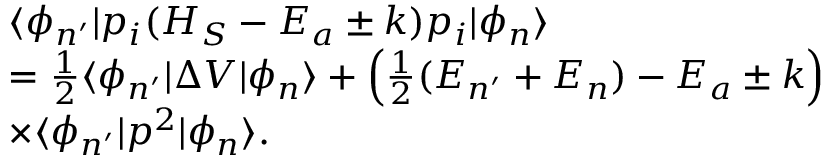
\begin{array} { r l } & { \langle \phi _ { n ^ { \prime } } | p _ { i } ( H _ { S } - E _ { a } \pm k ) p _ { i } | \phi _ { n } \rangle } \\ & { = \frac { 1 } { 2 } \langle \phi _ { n ^ { \prime } } | \Delta V | \phi _ { n } \rangle + \left( \frac { 1 } { 2 } ( E _ { n ^ { \prime } } + E _ { n } ) - E _ { a } \pm k \right) } \\ & { \times \langle \phi _ { n ^ { \prime } } | p ^ { 2 } | \phi _ { n } \rangle . } \end{array}